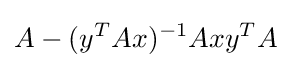
A-(y^{T}Ax)^{-1}Axy^{T}A